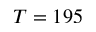
T = 1 9 5